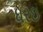
ધરઇ